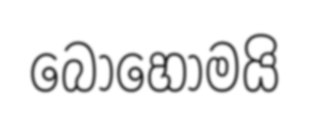
බොහෝමයි